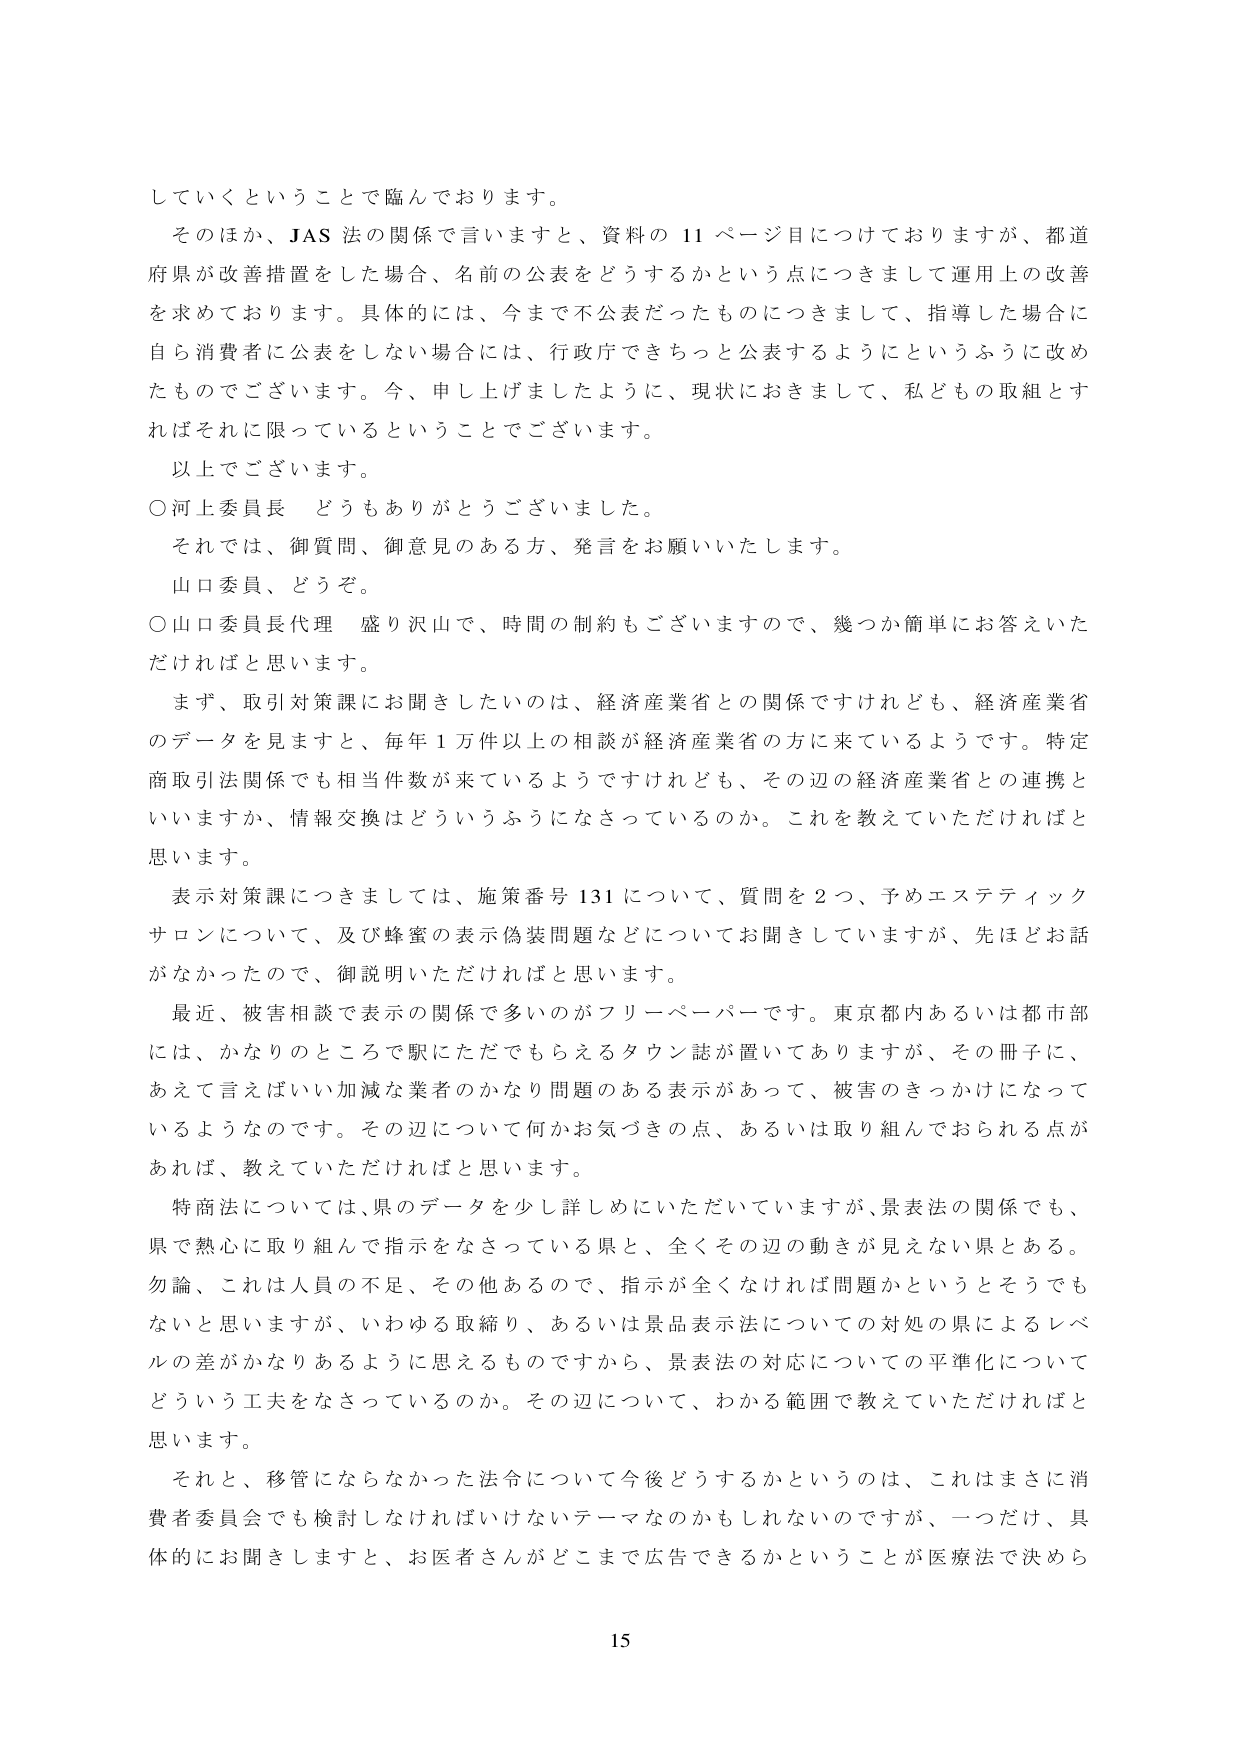
していくということで臨んでおります。

そのほか、JAS 法の関係で言いますと、資料の 11 ページ目についておりますが、都道府県が改善措置をした場合、名前の公表をどうするかという点につきまして運用上の改善を求めております。具体的には、今まで不公表だったものにつきまして、指導した場合に自ら消費者に公表をしない場合には、行政庁できちっと公表するようにというふうに改めたものでございます。今、申し上げましたように、現状におきまして、私どもの取組とすればそれに限っているということでございます。

以上でございます。

○河上委員長 どうもありがとうございました。

それでは、御質問、御意見のある方、発言をお願いいたします。

山口委員、どうぞ。

○山口委員長代理 盛り沢山で、時間の制約もございますので、幾つか簡単にご答えいただければと思います。

まず、取引対策課にお聞きしたいのは、経済産業省との関係ですけれども、経済産業省のデータを見ますと、毎年 1 万件以上の相談が経済産業省の方に来ているようです。特定商取引法関係でも相当件数が来ているようですが、その辺の経済産業省との連携といいますか、情報交換はどういうふうになさっているのか。これを教えていただければと思います。

表示対策課につきましては、施策番号 131 について、質問を 2 つ、予めエステティックサロンについて、及び蜂蜜の表示偽装問題などについてお聞きしていますが、先ほどお話がなかったので、御説明いただければと思います。

最近、被害相談で表示の関係で多いのがフリーペーパーです。東京都内あるいは都市部には、かなりのところで駅にただでもらえるタウン誌が置いてありますが、その冊子に、あえて言えばいい加減な業者のかなり問題のある表示があって、被害のきっかけになっているようなのです。その辺について何かお気づきの点、あるいは取り組んでおられる点があれば、教えていただければと思います。

特商法については、県のデータを少し詳しくいただいていますが、景表法の関係でも、県で熱心に取り組んで指示をなさっている県と、全くその辺の動きが見えない県とある。勿論、これは人員の不足、その他あるので、指示が全くなければ問題かというとそうでもないと思いますが、いわゆる取締り、あるいは景品表示法についての対処の県によるレベルの差がかなりあるように思えるものですから、景表法の対応についての平準化についてどういう工夫をなさっているのか。その辺について、わかる範囲で教えていただければと思います。

それと、移管にならなかった法令について今後どうするかというのは、これはまさに消費者委員会でも検討しなければいけないテーマなのかもしれないのですが、一つだけ、具体的にお聞きしますと、お医者さんがどこまで広告できるかということが医療法で決めら

15